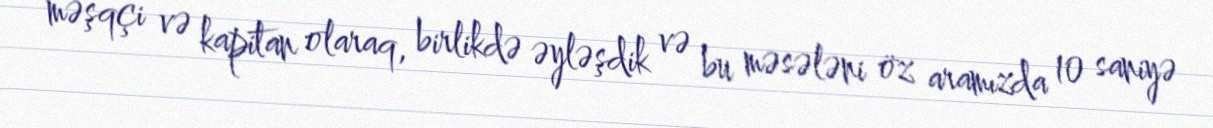
məşqçi və kapitan olaraq, birlikdə əyləşdik və bu məsələni öz aramızda 10 saniyə